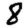
Digit: 8